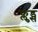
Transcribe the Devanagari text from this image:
फ्लुड्स